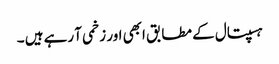
ہسپتال کے مطابق ابھی اور زخمی آ رہے ہیں ۔